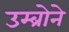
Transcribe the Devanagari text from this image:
उम्ब्रोने